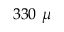
3 3 0 ~ \mu